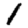
Digit: 1